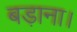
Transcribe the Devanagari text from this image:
बड़ाना।